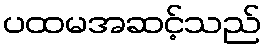
ပထမအဆင့်သည်